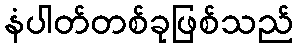
နံပါတ်တစ်ခုဖြစ်သည်